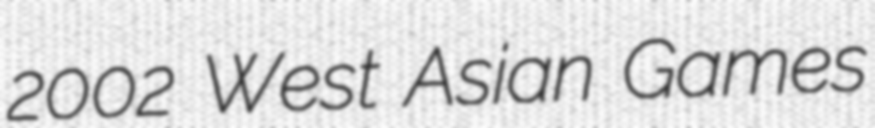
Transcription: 2002 West Asian Games